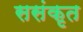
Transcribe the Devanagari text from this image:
ससंकृत